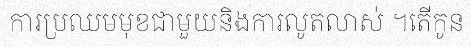
ការប្រឈមមុខជាមួយនិងការលូតលាស់ ។តើកូន